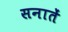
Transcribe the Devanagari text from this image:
सनातें